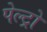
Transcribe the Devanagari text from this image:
पेल्ट्रो